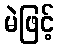
မဲဖြင့်